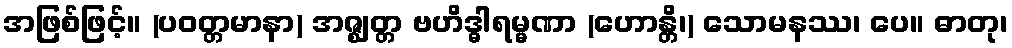
အဖြစ်ဖြင့်။ (ပဝတ္တမာနာ) အဇ္ဈတ္တ ဗဟိဒ္ဓါရမ္မဏာ (ဟောန္တိ၊) သောမနဿ၊ ပေ။ ဓာတု၊